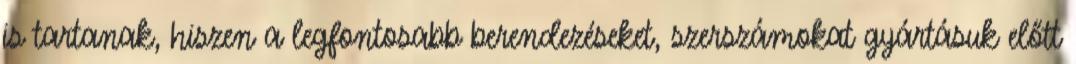
is tartanak, hiszen a legfontosabb berendezéseket, szerszámokat gyártásuk előtt